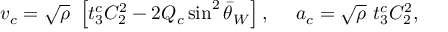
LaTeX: v _ { c } = \sqrt { \rho } ~ \left[ t _ { 3 } ^ { c } C _ { 2 } ^ { 2 } - 2 Q _ { c } \sin ^ { 2 } \bar { \theta } _ { W } \right] , \ \ \ \ a _ { c } = \sqrt { \rho } ~ t _ { 3 } ^ { c } C _ { 2 } ^ { 2 } ,